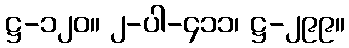
ဋ္ဌ-၁၂၀။ ၂-ပါ-၄၁၁၊ ဋ္ဌ-၂၉၉။